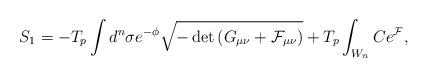
LaTeX: \begin{align*}S_{1} = -T_p \int d^n \sigma e^{-\phi} \sqrt{-\det{\left( G_{\mu \nu} +{\cal F}_{\mu \nu}\right)}} +T_p \int_{W_{n}} C e^{\cal F} ,\end{align*}